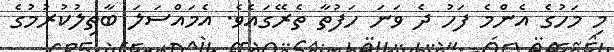
މި މަހުގެ އެންމެ ފަހު ދެ ވަނަ ހަފުތާ ތެރޭގައެވެ. އެމައްސަލަ ބާތިލުކުރުމުގެ